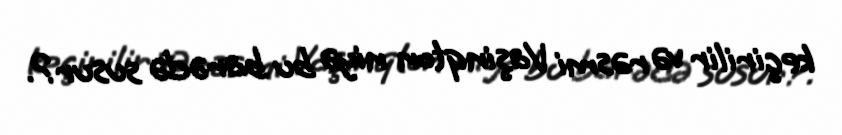
keçirilir və rəsmi Vaşinqton niyə bu barədə susur?.